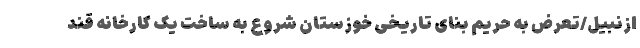
ازنبیل/تعرض به حریم بنای تاریخی خوزستان شروع به ساخت یک کارخانه قند